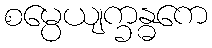
စမ္ပေယျက္ခန္ဓကေ